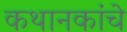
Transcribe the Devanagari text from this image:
कथानकांचे